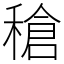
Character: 䅮